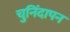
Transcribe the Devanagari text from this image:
चुनिंदापन